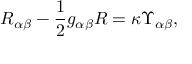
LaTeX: R _ { \alpha \beta } - \frac { 1 } { 2 } g _ { \alpha \beta } R = \kappa \Upsilon _ { \alpha \beta } ,